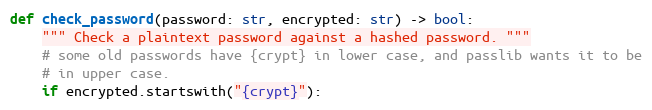
Language: Python
def check_password(password: str, encrypted: str) -> bool:
    """ Check a plaintext password against a hashed password. """
    # some old passwords have {crypt} in lower case, and passlib wants it to be
    # in upper case.
    if encrypted.startswith("{crypt}"):